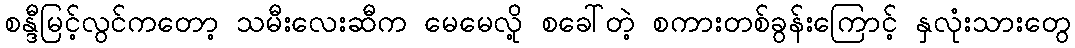
စန္ဒီမြင့်လွင်ကတော့ သမီးလေးဆီက မေမေလို့ စခေါ်တဲ့ စကားတစ်ခွန်းကြောင့် နှလုံးသားတွေ